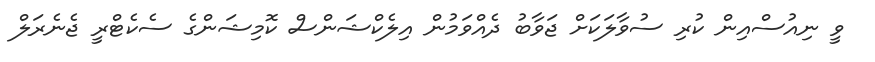
ވީ ނިއުސްއިން ކުރި ސުވާލަކަށް ޖަވާބު ދެއްވަމުން އިލެކްޝަންސް ކޮމިޝަންގެ ސެކެޓްރީ ޖެނެރަލް